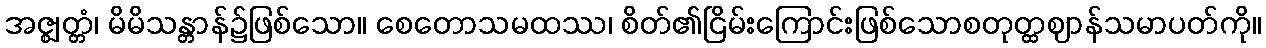
အဇ္ဈတ္တံ၊ မိမိသန္တာန်၌ဖြစ်သော။ စေတောသမထဿ၊ စိတ်၏ငြိမ်းကြောင်းဖြစ်သောစတုတ္ထဈာန်သမာပတ်ကို။